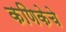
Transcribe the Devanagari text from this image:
कणिकेचे